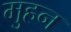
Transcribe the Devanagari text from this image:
मुहन